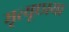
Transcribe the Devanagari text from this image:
मृत्यूछाया